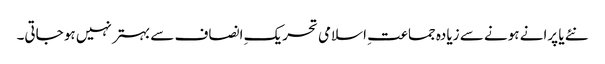
نئے یا پرانے ہونے سے زیادہ جماعتِ اسلامی تحریکِ انصاف سے بہتر نہیں ہو جاتی۔